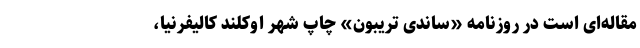
مقاله‌ای است در روزنامه «ساندی تریبون» چاپ شهر اوکلند کالیفرنیا،